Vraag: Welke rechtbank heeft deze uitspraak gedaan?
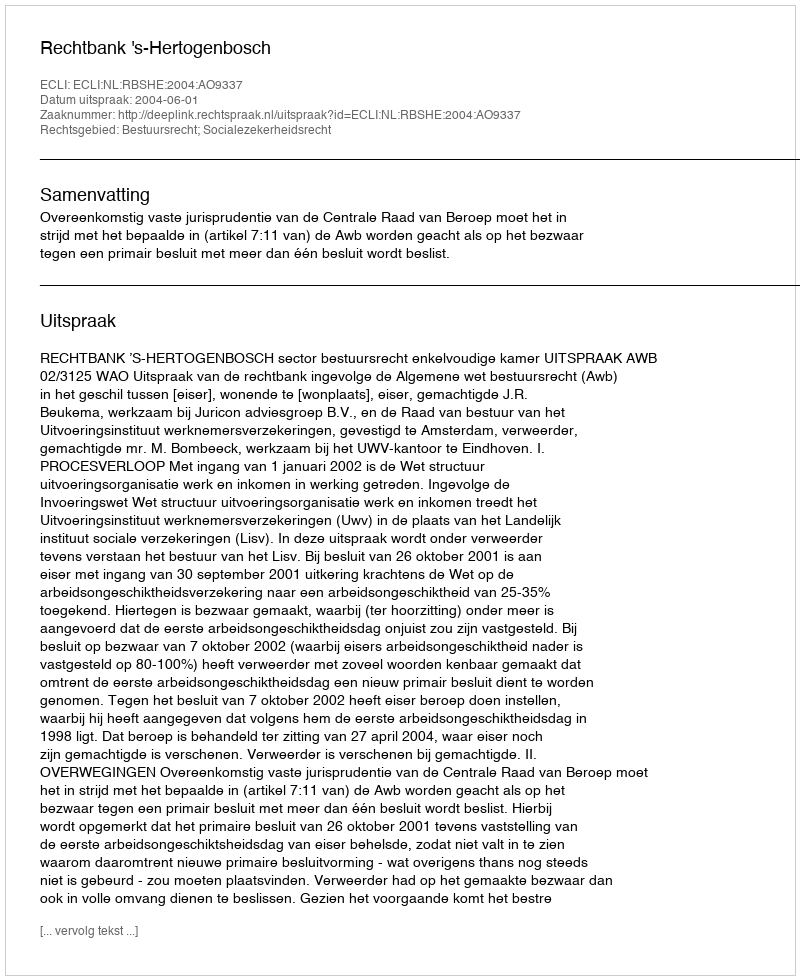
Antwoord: Rechtbank 's-Hertogenbosch